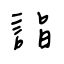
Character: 詣